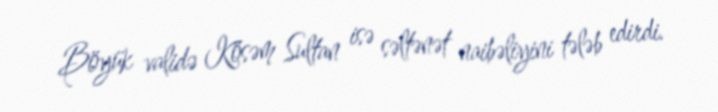
Böyük validə Kösəm Sultan isə səltənət naibəliyini tələb edirdi.